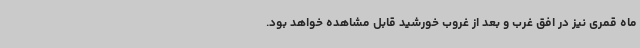
ماه قمری نیز در افق غرب و بعد از غروب خورشید قابل مشاهده خواهد بود.